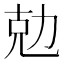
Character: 勊